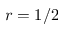
r = 1 / 2